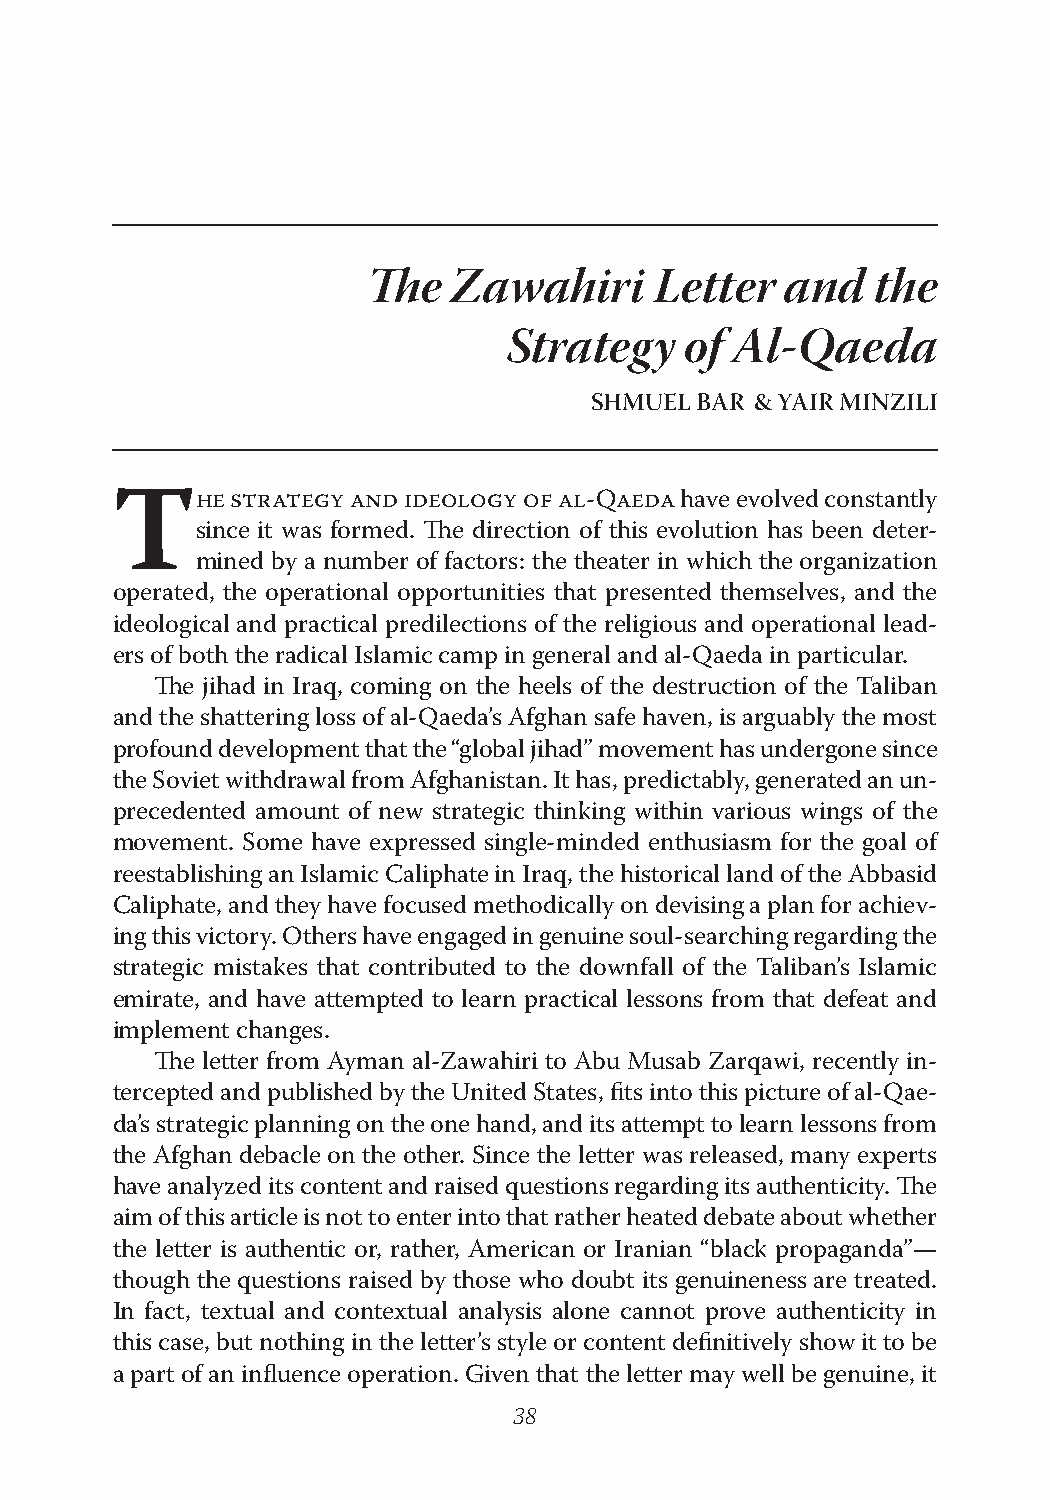
The   Zawahiri     Letter   and   the
 Strategy   of Al-Qaeda
 SHMUEL BAR & YAIR MINZILI
 HE STRATEGY AND IDEOLOGY OF AL-QAEDA have evolved constantly
 Tsince    it was formed. The direction of this evolution has been deter-
 mined by a number of factors: the theater in which the organization
 operated, the operational opportunities that presented themselves, and the
 ideological and practical predilections of the religious and operational lead-
 ers of both the radical Islamic camp in general and al-Qaeda in particular.
 The jihad in Iraq, coming on the heels of the destruction of the Taliban
 and the shattering loss of al-Qaeda’s Afghan safe haven, is arguably the most
 profound development that the “global jihad” movement has undergone since
 the Soviet withdrawal from Afghanistan. It has, predictably, generated an un-
 precedented amount of new strategic thinking within various wings of the
 movement. Some have expressed single-minded enthusiasm for the goal of
 reestablishing an Islamic Caliphate in Iraq, the historical land of the Abbasid
 Caliphate, and they have focused methodically on devising a plan for achiev-
 ing this victory. Others have engaged in genuine soul-searching regarding the
 strategic mistakes that contributed to the downfall of the Taliban’s Islamic
 emirate, and have attempted to learn practical lessons from that defeat and
 implement changes.
 The letter from Ayman al-Zawahiri to Abu Musab Zarqawi, recently in-
 tercepted and published by the United States, fits into this picture of al-Qae-
 da’s strategic planning on the one hand, and its attempt to learn lessons from
 the Afghan debacle on the other. Since the letter was released, many experts
 have analyzed its content and raised questions regarding its authenticity. The
 aim of this article is not to enter into that rather heated debate about whether
 the letter is authentic or, rather, American or Iranian “black propaganda”—
 though the questions raised by those who doubt its genuineness are treated.
 In fact, textual and contextual analysis alone cannot prove authenticity in
 this case, but nothing in the letter’s style or content definitively show it to be
 a part of an influence operation. Given that the letter may well be genuine, it
 38